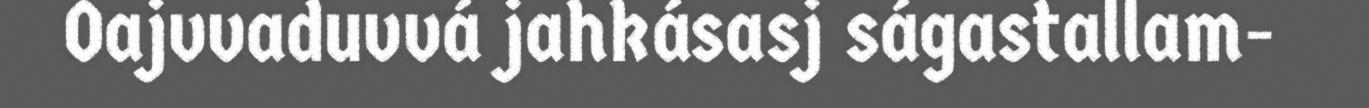
Oajvvaduvvá jahkásasj ságastallam-